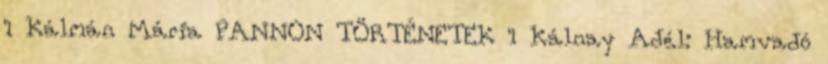
1 Kálmán Mária PANNON TÖRTÉNETEK 1 Kálnay Adél: Hamvadó